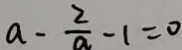
a - \frac { 2 } { a } - 1 = 0